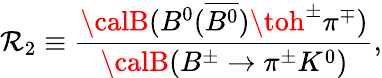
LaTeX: \mathcal{R}_{2}\equiv\frac{{{\calB}(B^{0}(\overline{{{{B^{0}}}}})\toh^{\pm}\pi^{\mp})}}{{{\calB}(B^{\pm}\to\pi^{\pm}K^{0})}},